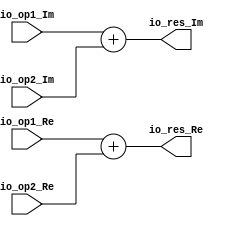
module ComplexAdd(
  input  [31:0] io_op1_Re,
  input  [31:0] io_op1_Im,
  input  [31:0] io_op2_Re,
  input  [31:0] io_op2_Im,
  output [31:0] io_res_Re,
  output [31:0] io_res_Im
);
  assign io_res_Re = $signed(io_op1_Re) + $signed(io_op2_Re); // @[complex.scala 19:15]
  assign io_res_Im = $signed(io_op1_Im) + $signed(io_op2_Im); // @[complex.scala 20:15]
endmodule
module ComplexSub(
  input  [31:0] io_op1_Re,
  input  [31:0] io_op1_Im,
  input  [31:0] io_op2_Re,
  input  [31:0] io_op2_Im,
  output [31:0] io_res_Re,
  output [31:0] io_res_Im
);
  assign io_res_Re = $signed(io_op1_Re) - $signed(io_op2_Re); // @[complex.scala 39:15]
  assign io_res_Im = $signed(io_op1_Im) - $signed(io_op2_Im); // @[complex.scala 40:15]
endmodule
module ComplexMul(
  input  [31:0] io_op1_Re,
  input  [31:0] io_op1_Im,
  input  [31:0] io_op2_Re,
  input  [31:0] io_op2_Im,
  output [31:0] io_res_Re,
  output [31:0] io_res_Im
);
  wire [31:0] _T_2 = $signed(io_op1_Re) + $signed(io_op1_Im); // @[complex.scala 54:37]
  wire [63:0] k1 = $signed(io_op2_Re) * $signed(_T_2); // @[complex.scala 54:24]
  wire [31:0] _T_5 = $signed(io_op2_Im) - $signed(io_op2_Re); // @[complex.scala 55:37]
  wire [63:0] k2 = $signed(io_op1_Re) * $signed(_T_5); // @[complex.scala 55:24]
  wire [31:0] _T_8 = $signed(io_op2_Re) + $signed(io_op2_Im); // @[complex.scala 56:37]
  wire [63:0] k3 = $signed(io_op1_Im) * $signed(_T_8); // @[complex.scala 56:24]
  wire [63:0] _T_11 = $signed(k1) - $signed(k3); // @[complex.scala 57:21]
  wire [63:0] _T_14 = $signed(k1) + $signed(k2); // @[complex.scala 58:21]
  wire [47:0] _GEN_0 = _T_11[63:16]; // @[complex.scala 57:15]
  wire [47:0] _GEN_2 = _T_14[63:16]; // @[complex.scala 58:15]
  assign io_res_Re = _GEN_0[31:0]; // @[complex.scala 57:15]
  assign io_res_Im = _GEN_2[31:0]; // @[complex.scala 58:15]
endmodule
module Butterfly(
  input  [31:0] io_in1_Re,
  input  [31:0] io_in1_Im,
  input  [31:0] io_in2_Re,
  input  [31:0] io_in2_Im,
  input  [31:0] io_wn_Re,
  input  [31:0] io_wn_Im,
  output [31:0] io_out1_Re,
  output [31:0] io_out1_Im,
  output [31:0] io_out2_Re,
  output [31:0] io_out2_Im
);
  wire [31:0] ComplexAdd_io_op1_Re; // @[complex.scala 30:26]
  wire [31:0] ComplexAdd_io_op1_Im; // @[complex.scala 30:26]
  wire [31:0] ComplexAdd_io_op2_Re; // @[complex.scala 30:26]
  wire [31:0] ComplexAdd_io_op2_Im; // @[complex.scala 30:26]
  wire [31:0] ComplexAdd_io_res_Re; // @[complex.scala 30:26]
  wire [31:0] ComplexAdd_io_res_Im; // @[complex.scala 30:26]
  wire [31:0] ComplexSub_io_op1_Re; // @[complex.scala 44:26]
  wire [31:0] ComplexSub_io_op1_Im; // @[complex.scala 44:26]
  wire [31:0] ComplexSub_io_op2_Re; // @[complex.scala 44:26]
  wire [31:0] ComplexSub_io_op2_Im; // @[complex.scala 44:26]
  wire [31:0] ComplexSub_io_res_Re; // @[complex.scala 44:26]
  wire [31:0] ComplexSub_io_res_Im; // @[complex.scala 44:26]
  wire [31:0] ComplexMul_io_op1_Re; // @[complex.scala 62:26]
  wire [31:0] ComplexMul_io_op1_Im; // @[complex.scala 62:26]
  wire [31:0] ComplexMul_io_op2_Re; // @[complex.scala 62:26]
  wire [31:0] ComplexMul_io_op2_Im; // @[complex.scala 62:26]
  wire [31:0] ComplexMul_io_res_Re; // @[complex.scala 62:26]
  wire [31:0] ComplexMul_io_res_Im; // @[complex.scala 62:26]
  ComplexAdd ComplexAdd ( // @[complex.scala 30:26]
    .io_op1_Re(ComplexAdd_io_op1_Re),
    .io_op1_Im(ComplexAdd_io_op1_Im),
    .io_op2_Re(ComplexAdd_io_op2_Re),
    .io_op2_Im(ComplexAdd_io_op2_Im),
    .io_res_Re(ComplexAdd_io_res_Re),
    .io_res_Im(ComplexAdd_io_res_Im)
  );
  ComplexSub ComplexSub ( // @[complex.scala 44:26]
    .io_op1_Re(ComplexSub_io_op1_Re),
    .io_op1_Im(ComplexSub_io_op1_Im),
    .io_op2_Re(ComplexSub_io_op2_Re),
    .io_op2_Im(ComplexSub_io_op2_Im),
    .io_res_Re(ComplexSub_io_res_Re),
    .io_res_Im(ComplexSub_io_res_Im)
  );
  ComplexMul ComplexMul ( // @[complex.scala 62:26]
    .io_op1_Re(ComplexMul_io_op1_Re),
    .io_op1_Im(ComplexMul_io_op1_Im),
    .io_op2_Re(ComplexMul_io_op2_Re),
    .io_op2_Im(ComplexMul_io_op2_Im),
    .io_res_Re(ComplexMul_io_res_Re),
    .io_res_Im(ComplexMul_io_res_Im)
  );
  assign io_out1_Re = ComplexAdd_io_res_Re; // @[butterfly.scala 21:13]
  assign io_out1_Im = ComplexAdd_io_res_Im; // @[butterfly.scala 21:13]
  assign io_out2_Re = ComplexMul_io_res_Re; // @[butterfly.scala 22:13]
  assign io_out2_Im = ComplexMul_io_res_Im; // @[butterfly.scala 22:13]
  assign ComplexAdd_io_op1_Re = io_in1_Re; // @[complex.scala 31:21]
  assign ComplexAdd_io_op1_Im = io_in1_Im; // @[complex.scala 31:21]
  assign ComplexAdd_io_op2_Re = io_in2_Re; // @[complex.scala 32:21]
  assign ComplexAdd_io_op2_Im = io_in2_Im; // @[complex.scala 32:21]
  assign ComplexSub_io_op1_Re = io_in1_Re; // @[complex.scala 45:21]
  assign ComplexSub_io_op1_Im = io_in1_Im; // @[complex.scala 45:21]
  assign ComplexSub_io_op2_Re = io_in2_Re; // @[complex.scala 46:21]
  assign ComplexSub_io_op2_Im = io_in2_Im; // @[complex.scala 46:21]
  assign ComplexMul_io_op1_Re = ComplexSub_io_res_Re; // @[complex.scala 63:21]
  assign ComplexMul_io_op1_Im = ComplexSub_io_res_Im; // @[complex.scala 63:21]
  assign ComplexMul_io_op2_Re = io_wn_Re; // @[complex.scala 64:21]
  assign ComplexMul_io_op2_Im = io_wn_Im; // @[complex.scala 64:21]
endmodule
module Switch(
  input  [31:0] io_in1_Re,
  input  [31:0] io_in1_Im,
  input  [31:0] io_in2_Re,
  input  [31:0] io_in2_Im,
  input         io_sel,
  output [31:0] io_out1_Re,
  output [31:0] io_out1_Im,
  output [31:0] io_out2_Re,
  output [31:0] io_out2_Im
);
  assign io_out1_Re = io_sel ? $signed(io_in2_Re) : $signed(io_in1_Re); // @[butterfly.scala 43:13]
  assign io_out1_Im = io_sel ? $signed(io_in2_Im) : $signed(io_in1_Im); // @[butterfly.scala 43:13]
  assign io_out2_Re = io_sel ? $signed(io_in1_Re) : $signed(io_in2_Re); // @[butterfly.scala 44:13]
  assign io_out2_Im = io_sel ? $signed(io_in1_Im) : $signed(io_in2_Im); // @[butterfly.scala 44:13]
endmodule
module FFT(
  input         clock,
  input         reset,
  input  [31:0] io_dIn_Re,
  input  [31:0] io_dIn_Im,
  input         io_din_valid,
  output [31:0] io_dOut1_Re,
  output [31:0] io_dOut1_Im,
  output [31:0] io_dOut2_Re,
  output [31:0] io_dOut2_Im,
  output        io_dout_valid
);
  wire [31:0] Butterfly_io_in1_Re; // @[butterfly.scala 26:26]
  wire [31:0] Butterfly_io_in1_Im; // @[butterfly.scala 26:26]
  wire [31:0] Butterfly_io_in2_Re; // @[butterfly.scala 26:26]
  wire [31:0] Butterfly_io_in2_Im; // @[butterfly.scala 26:26]
  wire [31:0] Butterfly_io_wn_Re; // @[butterfly.scala 26:26]
  wire [31:0] Butterfly_io_wn_Im; // @[butterfly.scala 26:26]
  wire [31:0] Butterfly_io_out1_Re; // @[butterfly.scala 26:26]
  wire [31:0] Butterfly_io_out1_Im; // @[butterfly.scala 26:26]
  wire [31:0] Butterfly_io_out2_Re; // @[butterfly.scala 26:26]
  wire [31:0] Butterfly_io_out2_Im; // @[butterfly.scala 26:26]
  wire [31:0] Switch_io_in1_Re; // @[butterfly.scala 49:26]
  wire [31:0] Switch_io_in1_Im; // @[butterfly.scala 49:26]
  wire [31:0] Switch_io_in2_Re; // @[butterfly.scala 49:26]
  wire [31:0] Switch_io_in2_Im; // @[butterfly.scala 49:26]
  wire  Switch_io_sel; // @[butterfly.scala 49:26]
  wire [31:0] Switch_io_out1_Re; // @[butterfly.scala 49:26]
  wire [31:0] Switch_io_out1_Im; // @[butterfly.scala 49:26]
  wire [31:0] Switch_io_out2_Re; // @[butterfly.scala 49:26]
  wire [31:0] Switch_io_out2_Im; // @[butterfly.scala 49:26]
  wire [31:0] Butterfly_1_io_in1_Re; // @[butterfly.scala 26:26]
  wire [31:0] Butterfly_1_io_in1_Im; // @[butterfly.scala 26:26]
  wire [31:0] Butterfly_1_io_in2_Re; // @[butterfly.scala 26:26]
  wire [31:0] Butterfly_1_io_in2_Im; // @[butterfly.scala 26:26]
  wire [31:0] Butterfly_1_io_wn_Re; // @[butterfly.scala 26:26]
  wire [31:0] Butterfly_1_io_wn_Im; // @[butterfly.scala 26:26]
  wire [31:0] Butterfly_1_io_out1_Re; // @[butterfly.scala 26:26]
  wire [31:0] Butterfly_1_io_out1_Im; // @[butterfly.scala 26:26]
  wire [31:0] Butterfly_1_io_out2_Re; // @[butterfly.scala 26:26]
  wire [31:0] Butterfly_1_io_out2_Im; // @[butterfly.scala 26:26]
  wire [31:0] Switch_1_io_in1_Re; // @[butterfly.scala 49:26]
  wire [31:0] Switch_1_io_in1_Im; // @[butterfly.scala 49:26]
  wire [31:0] Switch_1_io_in2_Re; // @[butterfly.scala 49:26]
  wire [31:0] Switch_1_io_in2_Im; // @[butterfly.scala 49:26]
  wire  Switch_1_io_sel; // @[butterfly.scala 49:26]
  wire [31:0] Switch_1_io_out1_Re; // @[butterfly.scala 49:26]
  wire [31:0] Switch_1_io_out1_Im; // @[butterfly.scala 49:26]
  wire [31:0] Switch_1_io_out2_Re; // @[butterfly.scala 49:26]
  wire [31:0] Switch_1_io_out2_Im; // @[butterfly.scala 49:26]
  wire [31:0] Butterfly_2_io_in1_Re; // @[butterfly.scala 26:26]
  wire [31:0] Butterfly_2_io_in1_Im; // @[butterfly.scala 26:26]
  wire [31:0] Butterfly_2_io_in2_Re; // @[butterfly.scala 26:26]
  wire [31:0] Butterfly_2_io_in2_Im; // @[butterfly.scala 26:26]
  wire [31:0] Butterfly_2_io_wn_Re; // @[butterfly.scala 26:26]
  wire [31:0] Butterfly_2_io_wn_Im; // @[butterfly.scala 26:26]
  wire [31:0] Butterfly_2_io_out1_Re; // @[butterfly.scala 26:26]
  wire [31:0] Butterfly_2_io_out1_Im; // @[butterfly.scala 26:26]
  wire [31:0] Butterfly_2_io_out2_Re; // @[butterfly.scala 26:26]
  wire [31:0] Butterfly_2_io_out2_Im; // @[butterfly.scala 26:26]
  wire [31:0] Switch_2_io_in1_Re; // @[butterfly.scala 49:26]
  wire [31:0] Switch_2_io_in1_Im; // @[butterfly.scala 49:26]
  wire [31:0] Switch_2_io_in2_Re; // @[butterfly.scala 49:26]
  wire [31:0] Switch_2_io_in2_Im; // @[butterfly.scala 49:26]
  wire  Switch_2_io_sel; // @[butterfly.scala 49:26]
  wire [31:0] Switch_2_io_out1_Re; // @[butterfly.scala 49:26]
  wire [31:0] Switch_2_io_out1_Im; // @[butterfly.scala 49:26]
  wire [31:0] Switch_2_io_out2_Re; // @[butterfly.scala 49:26]
  wire [31:0] Switch_2_io_out2_Im; // @[butterfly.scala 49:26]
  wire [31:0] ComplexAdd_io_op1_Re; // @[complex.scala 30:26]
  wire [31:0] ComplexAdd_io_op1_Im; // @[complex.scala 30:26]
  wire [31:0] ComplexAdd_io_op2_Re; // @[complex.scala 30:26]
  wire [31:0] ComplexAdd_io_op2_Im; // @[complex.scala 30:26]
  wire [31:0] ComplexAdd_io_res_Re; // @[complex.scala 30:26]
  wire [31:0] ComplexAdd_io_res_Im; // @[complex.scala 30:26]
  wire [31:0] ComplexSub_io_op1_Re; // @[complex.scala 44:26]
  wire [31:0] ComplexSub_io_op1_Im; // @[complex.scala 44:26]
  wire [31:0] ComplexSub_io_op2_Re; // @[complex.scala 44:26]
  wire [31:0] ComplexSub_io_op2_Im; // @[complex.scala 44:26]
  wire [31:0] ComplexSub_io_res_Re; // @[complex.scala 44:26]
  wire [31:0] ComplexSub_io_res_Im; // @[complex.scala 44:26]
  reg [4:0] count; // @[fft.scala 36:24]
  reg [31:0] _RAND_0;
  wire  busy = count != 5'h0; // @[fft.scala 37:22]
  wire  _T = io_din_valid | busy; // @[fft.scala 38:24]
  wire  _T_1 = count == 5'h17; // @[fft.scala 39:28]
  wire [4:0] _T_3 = count + 5'h1; // @[fft.scala 39:77]
  wire [31:0] _GEN_2 = 3'h1 == count[2:0] ? $signed(32'shec83) : $signed(32'sh10000); // @[fft.scala 32:16]
  wire [31:0] _GEN_3 = 3'h2 == count[2:0] ? $signed(32'shb505) : $signed(_GEN_2); // @[fft.scala 32:16]
  wire [31:0] _GEN_4 = 3'h3 == count[2:0] ? $signed(32'sh61f8) : $signed(_GEN_3); // @[fft.scala 32:16]
  wire [31:0] _GEN_5 = 3'h4 == count[2:0] ? $signed(32'sh0) : $signed(_GEN_4); // @[fft.scala 32:16]
  wire [31:0] _GEN_6 = 3'h5 == count[2:0] ? $signed(-32'sh61f8) : $signed(_GEN_5); // @[fft.scala 32:16]
  wire [31:0] _GEN_7 = 3'h6 == count[2:0] ? $signed(-32'shb505) : $signed(_GEN_6); // @[fft.scala 32:16]
  wire [31:0] _GEN_10 = 3'h1 == count[2:0] ? $signed(-32'sh61f8) : $signed(32'sh0); // @[fft.scala 33:16]
  wire [31:0] _GEN_11 = 3'h2 == count[2:0] ? $signed(-32'shb505) : $signed(_GEN_10); // @[fft.scala 33:16]
  wire [31:0] _GEN_12 = 3'h3 == count[2:0] ? $signed(-32'shec83) : $signed(_GEN_11); // @[fft.scala 33:16]
  wire [31:0] _GEN_13 = 3'h4 == count[2:0] ? $signed(-32'sh10000) : $signed(_GEN_12); // @[fft.scala 33:16]
  wire [31:0] _GEN_14 = 3'h5 == count[2:0] ? $signed(-32'shec83) : $signed(_GEN_13); // @[fft.scala 33:16]
  wire [31:0] _GEN_15 = 3'h6 == count[2:0] ? $signed(-32'shb505) : $signed(_GEN_14); // @[fft.scala 33:16]
  reg [31:0] _T_79_Re; // @[Reg.scala 15:16]
  reg [31:0] _RAND_1;
  reg [31:0] _T_79_Im; // @[Reg.scala 15:16]
  reg [31:0] _RAND_2;
  reg [31:0] _T_80_Re; // @[Reg.scala 15:16]
  reg [31:0] _RAND_3;
  reg [31:0] _T_80_Im; // @[Reg.scala 15:16]
  reg [31:0] _RAND_4;
  reg [31:0] _T_81_Re; // @[Reg.scala 15:16]
  reg [31:0] _RAND_5;
  reg [31:0] _T_81_Im; // @[Reg.scala 15:16]
  reg [31:0] _RAND_6;
  reg [31:0] _T_82_Re; // @[Reg.scala 15:16]
  reg [31:0] _RAND_7;
  reg [31:0] _T_82_Im; // @[Reg.scala 15:16]
  reg [31:0] _RAND_8;
  reg [31:0] _T_83_Re; // @[Reg.scala 15:16]
  reg [31:0] _RAND_9;
  reg [31:0] _T_83_Im; // @[Reg.scala 15:16]
  reg [31:0] _RAND_10;
  reg [31:0] _T_84_Re; // @[Reg.scala 15:16]
  reg [31:0] _RAND_11;
  reg [31:0] _T_84_Im; // @[Reg.scala 15:16]
  reg [31:0] _RAND_12;
  reg [31:0] _T_85_Re; // @[Reg.scala 15:16]
  reg [31:0] _RAND_13;
  reg [31:0] _T_85_Im; // @[Reg.scala 15:16]
  reg [31:0] _RAND_14;
  reg [31:0] _T_86_Re; // @[Reg.scala 15:16]
  reg [31:0] _RAND_15;
  reg [31:0] _T_86_Im; // @[Reg.scala 15:16]
  reg [31:0] _RAND_16;
  reg [31:0] _T_88_Re; // @[Reg.scala 15:16]
  reg [31:0] _RAND_17;
  reg [31:0] _T_88_Im; // @[Reg.scala 15:16]
  reg [31:0] _RAND_18;
  reg [31:0] _T_89_Re; // @[Reg.scala 15:16]
  reg [31:0] _RAND_19;
  reg [31:0] _T_89_Im; // @[Reg.scala 15:16]
  reg [31:0] _RAND_20;
  reg [31:0] _T_90_Re; // @[Reg.scala 15:16]
  reg [31:0] _RAND_21;
  reg [31:0] _T_90_Im; // @[Reg.scala 15:16]
  reg [31:0] _RAND_22;
  reg [31:0] _T_91_Re; // @[Reg.scala 15:16]
  reg [31:0] _RAND_23;
  reg [31:0] _T_91_Im; // @[Reg.scala 15:16]
  reg [31:0] _RAND_24;
  wire [31:0] _GEN_42 = 2'h1 == count[1:0] ? $signed(32'shb505) : $signed(32'sh10000); // @[fft.scala 32:16]
  wire [31:0] _GEN_43 = 2'h2 == count[1:0] ? $signed(32'sh0) : $signed(_GEN_42); // @[fft.scala 32:16]
  wire [31:0] _GEN_46 = 2'h1 == count[1:0] ? $signed(-32'shb505) : $signed(32'sh0); // @[fft.scala 33:16]
  wire [31:0] _GEN_47 = 2'h2 == count[1:0] ? $signed(-32'sh10000) : $signed(_GEN_46); // @[fft.scala 33:16]
  reg [31:0] _T_96_Re; // @[Reg.scala 15:16]
  reg [31:0] _RAND_25;
  reg [31:0] _T_96_Im; // @[Reg.scala 15:16]
  reg [31:0] _RAND_26;
  reg [31:0] _T_97_Re; // @[Reg.scala 15:16]
  reg [31:0] _RAND_27;
  reg [31:0] _T_97_Im; // @[Reg.scala 15:16]
  reg [31:0] _RAND_28;
  reg [31:0] _T_98_Re; // @[Reg.scala 15:16]
  reg [31:0] _RAND_29;
  reg [31:0] _T_98_Im; // @[Reg.scala 15:16]
  reg [31:0] _RAND_30;
  reg [31:0] _T_99_Re; // @[Reg.scala 15:16]
  reg [31:0] _RAND_31;
  reg [31:0] _T_99_Im; // @[Reg.scala 15:16]
  reg [31:0] _RAND_32;
  reg [31:0] _T_101_Re; // @[Reg.scala 15:16]
  reg [31:0] _RAND_33;
  reg [31:0] _T_101_Im; // @[Reg.scala 15:16]
  reg [31:0] _RAND_34;
  reg [31:0] _T_102_Re; // @[Reg.scala 15:16]
  reg [31:0] _RAND_35;
  reg [31:0] _T_102_Im; // @[Reg.scala 15:16]
  reg [31:0] _RAND_36;
  reg [31:0] _T_107_Re; // @[Reg.scala 15:16]
  reg [31:0] _RAND_37;
  reg [31:0] _T_107_Im; // @[Reg.scala 15:16]
  reg [31:0] _RAND_38;
  reg [31:0] _T_108_Re; // @[Reg.scala 15:16]
  reg [31:0] _RAND_39;
  reg [31:0] _T_108_Im; // @[Reg.scala 15:16]
  reg [31:0] _RAND_40;
  reg [31:0] _T_110_Re; // @[Reg.scala 15:16]
  reg [31:0] _RAND_41;
  reg [31:0] _T_110_Im; // @[Reg.scala 15:16]
  reg [31:0] _RAND_42;
  reg [31:0] out1D1_Re; // @[fft.scala 57:25]
  reg [31:0] _RAND_43;
  reg [31:0] out1D1_Im; // @[fft.scala 57:25]
  reg [31:0] _RAND_44;
  reg [31:0] _T_111_Re; // @[fft.scala 60:24]
  reg [31:0] _RAND_45;
  reg [31:0] _T_111_Im; // @[fft.scala 60:24]
  reg [31:0] _RAND_46;
  reg [31:0] _T_112_Re; // @[fft.scala 61:24]
  reg [31:0] _RAND_47;
  reg [31:0] _T_112_Im; // @[fft.scala 61:24]
  reg [31:0] _RAND_48;
  reg [4:0] _T_113; // @[fft.scala 62:29]
  reg [31:0] _RAND_49;
  Butterfly Butterfly ( // @[butterfly.scala 26:26]
    .io_in1_Re(Butterfly_io_in1_Re),
    .io_in1_Im(Butterfly_io_in1_Im),
    .io_in2_Re(Butterfly_io_in2_Re),
    .io_in2_Im(Butterfly_io_in2_Im),
    .io_wn_Re(Butterfly_io_wn_Re),
    .io_wn_Im(Butterfly_io_wn_Im),
    .io_out1_Re(Butterfly_io_out1_Re),
    .io_out1_Im(Butterfly_io_out1_Im),
    .io_out2_Re(Butterfly_io_out2_Re),
    .io_out2_Im(Butterfly_io_out2_Im)
  );
  Switch Switch ( // @[butterfly.scala 49:26]
    .io_in1_Re(Switch_io_in1_Re),
    .io_in1_Im(Switch_io_in1_Im),
    .io_in2_Re(Switch_io_in2_Re),
    .io_in2_Im(Switch_io_in2_Im),
    .io_sel(Switch_io_sel),
    .io_out1_Re(Switch_io_out1_Re),
    .io_out1_Im(Switch_io_out1_Im),
    .io_out2_Re(Switch_io_out2_Re),
    .io_out2_Im(Switch_io_out2_Im)
  );
  Butterfly Butterfly_1 ( // @[butterfly.scala 26:26]
    .io_in1_Re(Butterfly_1_io_in1_Re),
    .io_in1_Im(Butterfly_1_io_in1_Im),
    .io_in2_Re(Butterfly_1_io_in2_Re),
    .io_in2_Im(Butterfly_1_io_in2_Im),
    .io_wn_Re(Butterfly_1_io_wn_Re),
    .io_wn_Im(Butterfly_1_io_wn_Im),
    .io_out1_Re(Butterfly_1_io_out1_Re),
    .io_out1_Im(Butterfly_1_io_out1_Im),
    .io_out2_Re(Butterfly_1_io_out2_Re),
    .io_out2_Im(Butterfly_1_io_out2_Im)
  );
  Switch Switch_1 ( // @[butterfly.scala 49:26]
    .io_in1_Re(Switch_1_io_in1_Re),
    .io_in1_Im(Switch_1_io_in1_Im),
    .io_in2_Re(Switch_1_io_in2_Re),
    .io_in2_Im(Switch_1_io_in2_Im),
    .io_sel(Switch_1_io_sel),
    .io_out1_Re(Switch_1_io_out1_Re),
    .io_out1_Im(Switch_1_io_out1_Im),
    .io_out2_Re(Switch_1_io_out2_Re),
    .io_out2_Im(Switch_1_io_out2_Im)
  );
  Butterfly Butterfly_2 ( // @[butterfly.scala 26:26]
    .io_in1_Re(Butterfly_2_io_in1_Re),
    .io_in1_Im(Butterfly_2_io_in1_Im),
    .io_in2_Re(Butterfly_2_io_in2_Re),
    .io_in2_Im(Butterfly_2_io_in2_Im),
    .io_wn_Re(Butterfly_2_io_wn_Re),
    .io_wn_Im(Butterfly_2_io_wn_Im),
    .io_out1_Re(Butterfly_2_io_out1_Re),
    .io_out1_Im(Butterfly_2_io_out1_Im),
    .io_out2_Re(Butterfly_2_io_out2_Re),
    .io_out2_Im(Butterfly_2_io_out2_Im)
  );
  Switch Switch_2 ( // @[butterfly.scala 49:26]
    .io_in1_Re(Switch_2_io_in1_Re),
    .io_in1_Im(Switch_2_io_in1_Im),
    .io_in2_Re(Switch_2_io_in2_Re),
    .io_in2_Im(Switch_2_io_in2_Im),
    .io_sel(Switch_2_io_sel),
    .io_out1_Re(Switch_2_io_out1_Re),
    .io_out1_Im(Switch_2_io_out1_Im),
    .io_out2_Re(Switch_2_io_out2_Re),
    .io_out2_Im(Switch_2_io_out2_Im)
  );
  ComplexAdd ComplexAdd ( // @[complex.scala 30:26]
    .io_op1_Re(ComplexAdd_io_op1_Re),
    .io_op1_Im(ComplexAdd_io_op1_Im),
    .io_op2_Re(ComplexAdd_io_op2_Re),
    .io_op2_Im(ComplexAdd_io_op2_Im),
    .io_res_Re(ComplexAdd_io_res_Re),
    .io_res_Im(ComplexAdd_io_res_Im)
  );
  ComplexSub ComplexSub ( // @[complex.scala 44:26]
    .io_op1_Re(ComplexSub_io_op1_Re),
    .io_op1_Im(ComplexSub_io_op1_Im),
    .io_op2_Re(ComplexSub_io_op2_Re),
    .io_op2_Im(ComplexSub_io_op2_Im),
    .io_res_Re(ComplexSub_io_res_Re),
    .io_res_Im(ComplexSub_io_res_Im)
  );
  assign io_dOut1_Re = _T_111_Re; // @[fft.scala 60:14]
  assign io_dOut1_Im = _T_111_Im; // @[fft.scala 60:14]
  assign io_dOut2_Re = _T_112_Re; // @[fft.scala 61:14]
  assign io_dOut2_Im = _T_112_Im; // @[fft.scala 61:14]
  assign io_dout_valid = _T_113 == 5'hf; // @[fft.scala 62:19]
  assign Butterfly_io_in1_Re = _T_86_Re; // @[butterfly.scala 27:21]
  assign Butterfly_io_in1_Im = _T_86_Im; // @[butterfly.scala 27:21]
  assign Butterfly_io_in2_Re = io_dIn_Re; // @[butterfly.scala 28:21]
  assign Butterfly_io_in2_Im = io_dIn_Im; // @[butterfly.scala 28:21]
  assign Butterfly_io_wn_Re = 3'h7 == count[2:0] ? $signed(-32'shec83) : $signed(_GEN_7); // @[butterfly.scala 29:20]
  assign Butterfly_io_wn_Im = 3'h7 == count[2:0] ? $signed(-32'sh61f8) : $signed(_GEN_15); // @[butterfly.scala 29:20]
  assign Switch_io_in1_Re = Butterfly_io_out1_Re; // @[butterfly.scala 50:21]
  assign Switch_io_in1_Im = Butterfly_io_out1_Im; // @[butterfly.scala 50:21]
  assign Switch_io_in2_Re = _T_91_Re; // @[butterfly.scala 51:21]
  assign Switch_io_in2_Im = _T_91_Im; // @[butterfly.scala 51:21]
  assign Switch_io_sel = count[2]; // @[butterfly.scala 52:21]
  assign Butterfly_1_io_in1_Re = _T_99_Re; // @[butterfly.scala 27:21]
  assign Butterfly_1_io_in1_Im = _T_99_Im; // @[butterfly.scala 27:21]
  assign Butterfly_1_io_in2_Re = Switch_io_out2_Re; // @[butterfly.scala 28:21]
  assign Butterfly_1_io_in2_Im = Switch_io_out2_Im; // @[butterfly.scala 28:21]
  assign Butterfly_1_io_wn_Re = 2'h3 == count[1:0] ? $signed(-32'shb505) : $signed(_GEN_43); // @[butterfly.scala 29:20]
  assign Butterfly_1_io_wn_Im = 2'h3 == count[1:0] ? $signed(-32'shb505) : $signed(_GEN_47); // @[butterfly.scala 29:20]
  assign Switch_1_io_in1_Re = Butterfly_1_io_out1_Re; // @[butterfly.scala 50:21]
  assign Switch_1_io_in1_Im = Butterfly_1_io_out1_Im; // @[butterfly.scala 50:21]
  assign Switch_1_io_in2_Re = _T_102_Re; // @[butterfly.scala 51:21]
  assign Switch_1_io_in2_Im = _T_102_Im; // @[butterfly.scala 51:21]
  assign Switch_1_io_sel = count[1]; // @[butterfly.scala 52:21]
  assign Butterfly_2_io_in1_Re = _T_108_Re; // @[butterfly.scala 27:21]
  assign Butterfly_2_io_in1_Im = _T_108_Im; // @[butterfly.scala 27:21]
  assign Butterfly_2_io_in2_Re = Switch_1_io_out2_Re; // @[butterfly.scala 28:21]
  assign Butterfly_2_io_in2_Im = Switch_1_io_out2_Im; // @[butterfly.scala 28:21]
  assign Butterfly_2_io_wn_Re = count[0] ? $signed(32'sh0) : $signed(32'sh10000); // @[butterfly.scala 29:20]
  assign Butterfly_2_io_wn_Im = count[0] ? $signed(-32'sh10000) : $signed(32'sh0); // @[butterfly.scala 29:20]
  assign Switch_2_io_in1_Re = Butterfly_2_io_out1_Re; // @[butterfly.scala 50:21]
  assign Switch_2_io_in1_Im = Butterfly_2_io_out1_Im; // @[butterfly.scala 50:21]
  assign Switch_2_io_in2_Re = _T_110_Re; // @[butterfly.scala 51:21]
  assign Switch_2_io_in2_Im = _T_110_Im; // @[butterfly.scala 51:21]
  assign Switch_2_io_sel = count[0]; // @[butterfly.scala 52:21]
  assign ComplexAdd_io_op1_Re = out1D1_Re; // @[complex.scala 31:21]
  assign ComplexAdd_io_op1_Im = out1D1_Im; // @[complex.scala 31:21]
  assign ComplexAdd_io_op2_Re = Switch_2_io_out2_Re; // @[complex.scala 32:21]
  assign ComplexAdd_io_op2_Im = Switch_2_io_out2_Im; // @[complex.scala 32:21]
  assign ComplexSub_io_op1_Re = out1D1_Re; // @[complex.scala 45:21]
  assign ComplexSub_io_op1_Im = out1D1_Im; // @[complex.scala 45:21]
  assign ComplexSub_io_op2_Re = Switch_2_io_out2_Re; // @[complex.scala 46:21]
  assign ComplexSub_io_op2_Im = Switch_2_io_out2_Im; // @[complex.scala 46:21]
`ifdef RANDOMIZE_GARBAGE_ASSIGN
`define RANDOMIZE
`endif
`ifdef RANDOMIZE_INVALID_ASSIGN
`define RANDOMIZE
`endif
`ifdef RANDOMIZE_REG_INIT
`define RANDOMIZE
`endif
`ifdef RANDOMIZE_MEM_INIT
`define RANDOMIZE
`endif
`ifndef RANDOM
`define RANDOM $random
`endif
`ifdef RANDOMIZE_MEM_INIT
  integer initvar;
`endif
`ifndef SYNTHESIS
initial begin
  `ifdef RANDOMIZE
    `ifdef INIT_RANDOM
      `INIT_RANDOM
    `endif
    `ifndef VERILATOR
      `ifdef RANDOMIZE_DELAY
        #`RANDOMIZE_DELAY begin end
      `else
        #0.002 begin end
      `endif
    `endif
  `ifdef RANDOMIZE_REG_INIT
  _RAND_0 = {1{`RANDOM}};
  count = _RAND_0[4:0];
  `endif // RANDOMIZE_REG_INIT
  `ifdef RANDOMIZE_REG_INIT
  _RAND_1 = {1{`RANDOM}};
  _T_79_Re = _RAND_1[31:0];
  `endif // RANDOMIZE_REG_INIT
  `ifdef RANDOMIZE_REG_INIT
  _RAND_2 = {1{`RANDOM}};
  _T_79_Im = _RAND_2[31:0];
  `endif // RANDOMIZE_REG_INIT
  `ifdef RANDOMIZE_REG_INIT
  _RAND_3 = {1{`RANDOM}};
  _T_80_Re = _RAND_3[31:0];
  `endif // RANDOMIZE_REG_INIT
  `ifdef RANDOMIZE_REG_INIT
  _RAND_4 = {1{`RANDOM}};
  _T_80_Im = _RAND_4[31:0];
  `endif // RANDOMIZE_REG_INIT
  `ifdef RANDOMIZE_REG_INIT
  _RAND_5 = {1{`RANDOM}};
  _T_81_Re = _RAND_5[31:0];
  `endif // RANDOMIZE_REG_INIT
  `ifdef RANDOMIZE_REG_INIT
  _RAND_6 = {1{`RANDOM}};
  _T_81_Im = _RAND_6[31:0];
  `endif // RANDOMIZE_REG_INIT
  `ifdef RANDOMIZE_REG_INIT
  _RAND_7 = {1{`RANDOM}};
  _T_82_Re = _RAND_7[31:0];
  `endif // RANDOMIZE_REG_INIT
  `ifdef RANDOMIZE_REG_INIT
  _RAND_8 = {1{`RANDOM}};
  _T_82_Im = _RAND_8[31:0];
  `endif // RANDOMIZE_REG_INIT
  `ifdef RANDOMIZE_REG_INIT
  _RAND_9 = {1{`RANDOM}};
  _T_83_Re = _RAND_9[31:0];
  `endif // RANDOMIZE_REG_INIT
  `ifdef RANDOMIZE_REG_INIT
  _RAND_10 = {1{`RANDOM}};
  _T_83_Im = _RAND_10[31:0];
  `endif // RANDOMIZE_REG_INIT
  `ifdef RANDOMIZE_REG_INIT
  _RAND_11 = {1{`RANDOM}};
  _T_84_Re = _RAND_11[31:0];
  `endif // RANDOMIZE_REG_INIT
  `ifdef RANDOMIZE_REG_INIT
  _RAND_12 = {1{`RANDOM}};
  _T_84_Im = _RAND_12[31:0];
  `endif // RANDOMIZE_REG_INIT
  `ifdef RANDOMIZE_REG_INIT
  _RAND_13 = {1{`RANDOM}};
  _T_85_Re = _RAND_13[31:0];
  `endif // RANDOMIZE_REG_INIT
  `ifdef RANDOMIZE_REG_INIT
  _RAND_14 = {1{`RANDOM}};
  _T_85_Im = _RAND_14[31:0];
  `endif // RANDOMIZE_REG_INIT
  `ifdef RANDOMIZE_REG_INIT
  _RAND_15 = {1{`RANDOM}};
  _T_86_Re = _RAND_15[31:0];
  `endif // RANDOMIZE_REG_INIT
  `ifdef RANDOMIZE_REG_INIT
  _RAND_16 = {1{`RANDOM}};
  _T_86_Im = _RAND_16[31:0];
  `endif // RANDOMIZE_REG_INIT
  `ifdef RANDOMIZE_REG_INIT
  _RAND_17 = {1{`RANDOM}};
  _T_88_Re = _RAND_17[31:0];
  `endif // RANDOMIZE_REG_INIT
  `ifdef RANDOMIZE_REG_INIT
  _RAND_18 = {1{`RANDOM}};
  _T_88_Im = _RAND_18[31:0];
  `endif // RANDOMIZE_REG_INIT
  `ifdef RANDOMIZE_REG_INIT
  _RAND_19 = {1{`RANDOM}};
  _T_89_Re = _RAND_19[31:0];
  `endif // RANDOMIZE_REG_INIT
  `ifdef RANDOMIZE_REG_INIT
  _RAND_20 = {1{`RANDOM}};
  _T_89_Im = _RAND_20[31:0];
  `endif // RANDOMIZE_REG_INIT
  `ifdef RANDOMIZE_REG_INIT
  _RAND_21 = {1{`RANDOM}};
  _T_90_Re = _RAND_21[31:0];
  `endif // RANDOMIZE_REG_INIT
  `ifdef RANDOMIZE_REG_INIT
  _RAND_22 = {1{`RANDOM}};
  _T_90_Im = _RAND_22[31:0];
  `endif // RANDOMIZE_REG_INIT
  `ifdef RANDOMIZE_REG_INIT
  _RAND_23 = {1{`RANDOM}};
  _T_91_Re = _RAND_23[31:0];
  `endif // RANDOMIZE_REG_INIT
  `ifdef RANDOMIZE_REG_INIT
  _RAND_24 = {1{`RANDOM}};
  _T_91_Im = _RAND_24[31:0];
  `endif // RANDOMIZE_REG_INIT
  `ifdef RANDOMIZE_REG_INIT
  _RAND_25 = {1{`RANDOM}};
  _T_96_Re = _RAND_25[31:0];
  `endif // RANDOMIZE_REG_INIT
  `ifdef RANDOMIZE_REG_INIT
  _RAND_26 = {1{`RANDOM}};
  _T_96_Im = _RAND_26[31:0];
  `endif // RANDOMIZE_REG_INIT
  `ifdef RANDOMIZE_REG_INIT
  _RAND_27 = {1{`RANDOM}};
  _T_97_Re = _RAND_27[31:0];
  `endif // RANDOMIZE_REG_INIT
  `ifdef RANDOMIZE_REG_INIT
  _RAND_28 = {1{`RANDOM}};
  _T_97_Im = _RAND_28[31:0];
  `endif // RANDOMIZE_REG_INIT
  `ifdef RANDOMIZE_REG_INIT
  _RAND_29 = {1{`RANDOM}};
  _T_98_Re = _RAND_29[31:0];
  `endif // RANDOMIZE_REG_INIT
  `ifdef RANDOMIZE_REG_INIT
  _RAND_30 = {1{`RANDOM}};
  _T_98_Im = _RAND_30[31:0];
  `endif // RANDOMIZE_REG_INIT
  `ifdef RANDOMIZE_REG_INIT
  _RAND_31 = {1{`RANDOM}};
  _T_99_Re = _RAND_31[31:0];
  `endif // RANDOMIZE_REG_INIT
  `ifdef RANDOMIZE_REG_INIT
  _RAND_32 = {1{`RANDOM}};
  _T_99_Im = _RAND_32[31:0];
  `endif // RANDOMIZE_REG_INIT
  `ifdef RANDOMIZE_REG_INIT
  _RAND_33 = {1{`RANDOM}};
  _T_101_Re = _RAND_33[31:0];
  `endif // RANDOMIZE_REG_INIT
  `ifdef RANDOMIZE_REG_INIT
  _RAND_34 = {1{`RANDOM}};
  _T_101_Im = _RAND_34[31:0];
  `endif // RANDOMIZE_REG_INIT
  `ifdef RANDOMIZE_REG_INIT
  _RAND_35 = {1{`RANDOM}};
  _T_102_Re = _RAND_35[31:0];
  `endif // RANDOMIZE_REG_INIT
  `ifdef RANDOMIZE_REG_INIT
  _RAND_36 = {1{`RANDOM}};
  _T_102_Im = _RAND_36[31:0];
  `endif // RANDOMIZE_REG_INIT
  `ifdef RANDOMIZE_REG_INIT
  _RAND_37 = {1{`RANDOM}};
  _T_107_Re = _RAND_37[31:0];
  `endif // RANDOMIZE_REG_INIT
  `ifdef RANDOMIZE_REG_INIT
  _RAND_38 = {1{`RANDOM}};
  _T_107_Im = _RAND_38[31:0];
  `endif // RANDOMIZE_REG_INIT
  `ifdef RANDOMIZE_REG_INIT
  _RAND_39 = {1{`RANDOM}};
  _T_108_Re = _RAND_39[31:0];
  `endif // RANDOMIZE_REG_INIT
  `ifdef RANDOMIZE_REG_INIT
  _RAND_40 = {1{`RANDOM}};
  _T_108_Im = _RAND_40[31:0];
  `endif // RANDOMIZE_REG_INIT
  `ifdef RANDOMIZE_REG_INIT
  _RAND_41 = {1{`RANDOM}};
  _T_110_Re = _RAND_41[31:0];
  `endif // RANDOMIZE_REG_INIT
  `ifdef RANDOMIZE_REG_INIT
  _RAND_42 = {1{`RANDOM}};
  _T_110_Im = _RAND_42[31:0];
  `endif // RANDOMIZE_REG_INIT
  `ifdef RANDOMIZE_REG_INIT
  _RAND_43 = {1{`RANDOM}};
  out1D1_Re = _RAND_43[31:0];
  `endif // RANDOMIZE_REG_INIT
  `ifdef RANDOMIZE_REG_INIT
  _RAND_44 = {1{`RANDOM}};
  out1D1_Im = _RAND_44[31:0];
  `endif // RANDOMIZE_REG_INIT
  `ifdef RANDOMIZE_REG_INIT
  _RAND_45 = {1{`RANDOM}};
  _T_111_Re = _RAND_45[31:0];
  `endif // RANDOMIZE_REG_INIT
  `ifdef RANDOMIZE_REG_INIT
  _RAND_46 = {1{`RANDOM}};
  _T_111_Im = _RAND_46[31:0];
  `endif // RANDOMIZE_REG_INIT
  `ifdef RANDOMIZE_REG_INIT
  _RAND_47 = {1{`RANDOM}};
  _T_112_Re = _RAND_47[31:0];
  `endif // RANDOMIZE_REG_INIT
  `ifdef RANDOMIZE_REG_INIT
  _RAND_48 = {1{`RANDOM}};
  _T_112_Im = _RAND_48[31:0];
  `endif // RANDOMIZE_REG_INIT
  `ifdef RANDOMIZE_REG_INIT
  _RAND_49 = {1{`RANDOM}};
  _T_113 = _RAND_49[4:0];
  `endif // RANDOMIZE_REG_INIT
  `endif // RANDOMIZE
end // initial
`endif // SYNTHESIS
  always @(posedge clock) begin
    if (reset) begin
      count <= 5'h0;
    end else if (_T) begin
      if (_T_1) begin
        count <= 5'h0;
      end else begin
        count <= _T_3;
      end
    end
    _T_79_Re <= io_dIn_Re;
    _T_79_Im <= io_dIn_Im;
    _T_80_Re <= _T_79_Re;
    _T_80_Im <= _T_79_Im;
    _T_81_Re <= _T_80_Re;
    _T_81_Im <= _T_80_Im;
    _T_82_Re <= _T_81_Re;
    _T_82_Im <= _T_81_Im;
    _T_83_Re <= _T_82_Re;
    _T_83_Im <= _T_82_Im;
    _T_84_Re <= _T_83_Re;
    _T_84_Im <= _T_83_Im;
    _T_85_Re <= _T_84_Re;
    _T_85_Im <= _T_84_Im;
    _T_86_Re <= _T_85_Re;
    _T_86_Im <= _T_85_Im;
    _T_88_Re <= Butterfly_io_out2_Re;
    _T_88_Im <= Butterfly_io_out2_Im;
    _T_89_Re <= _T_88_Re;
    _T_89_Im <= _T_88_Im;
    _T_90_Re <= _T_89_Re;
    _T_90_Im <= _T_89_Im;
    _T_91_Re <= _T_90_Re;
    _T_91_Im <= _T_90_Im;
    _T_96_Re <= Switch_io_out1_Re;
    _T_96_Im <= Switch_io_out1_Im;
    _T_97_Re <= _T_96_Re;
    _T_97_Im <= _T_96_Im;
    _T_98_Re <= _T_97_Re;
    _T_98_Im <= _T_97_Im;
    _T_99_Re <= _T_98_Re;
    _T_99_Im <= _T_98_Im;
    _T_101_Re <= Butterfly_1_io_out2_Re;
    _T_101_Im <= Butterfly_1_io_out2_Im;
    _T_102_Re <= _T_101_Re;
    _T_102_Im <= _T_101_Im;
    _T_107_Re <= Switch_1_io_out1_Re;
    _T_107_Im <= Switch_1_io_out1_Im;
    _T_108_Re <= _T_107_Re;
    _T_108_Im <= _T_107_Im;
    _T_110_Re <= Butterfly_2_io_out2_Re;
    _T_110_Im <= Butterfly_2_io_out2_Im;
    out1D1_Re <= Switch_2_io_out1_Re;
    out1D1_Im <= Switch_2_io_out1_Im;
    _T_111_Re <= ComplexAdd_io_res_Re;
    _T_111_Im <= ComplexAdd_io_res_Im;
    _T_112_Re <= ComplexSub_io_res_Re;
    _T_112_Im <= ComplexSub_io_res_Im;
    _T_113 <= count;
  end
endmodule